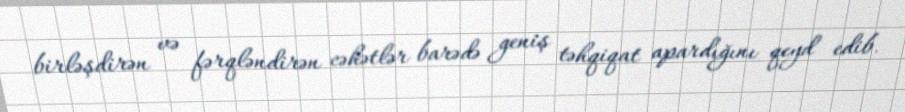
birləşdirən və fərqləndirən cəhətlər barədə geniş təhqiqat apardığını qeyd edib.